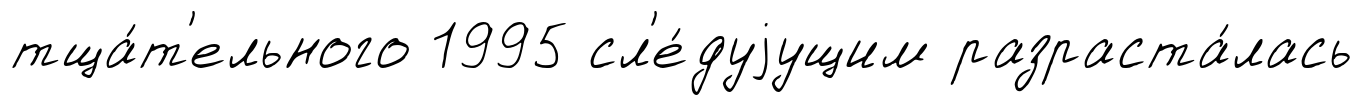
тща́т'ельного 1995 сл'е́дуjущим разраста́лась